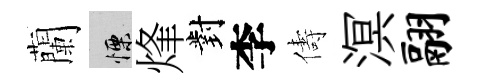
蘭慄烽對李儔溟翮